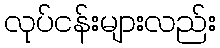
လုပ်ငန်းများလည်း